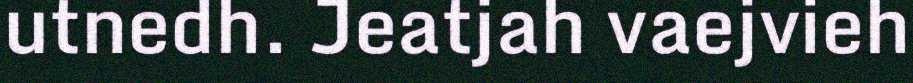
utnedh. Jeatjah vaejvieh